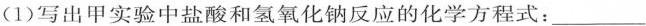
(1)写出甲实验中盐酸和氢氧化钠反应的化学方程式：____。